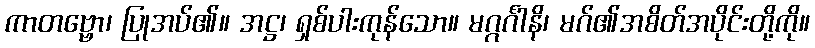
ကာတဗ္ဗော၊ ပြုအပ်၏။ အဋ္ဌ၊ ရှစ်ပါးကုန်သော။ မဂ္ဂင်္ဂါနိ၊ မဂ်၏အစိတ်အပိုင်းတို့ကို။